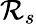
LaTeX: \mathcal{R}_{s}